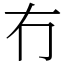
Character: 冇